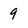
Character: 9